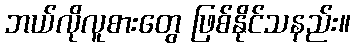
ဘယ်လိုလူစားတွေ ဖြစ်နိုင်သနည်း။